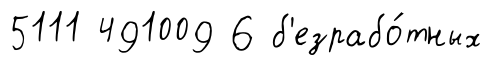
5111 491009 6 б'езрабо́тных